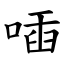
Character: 喢